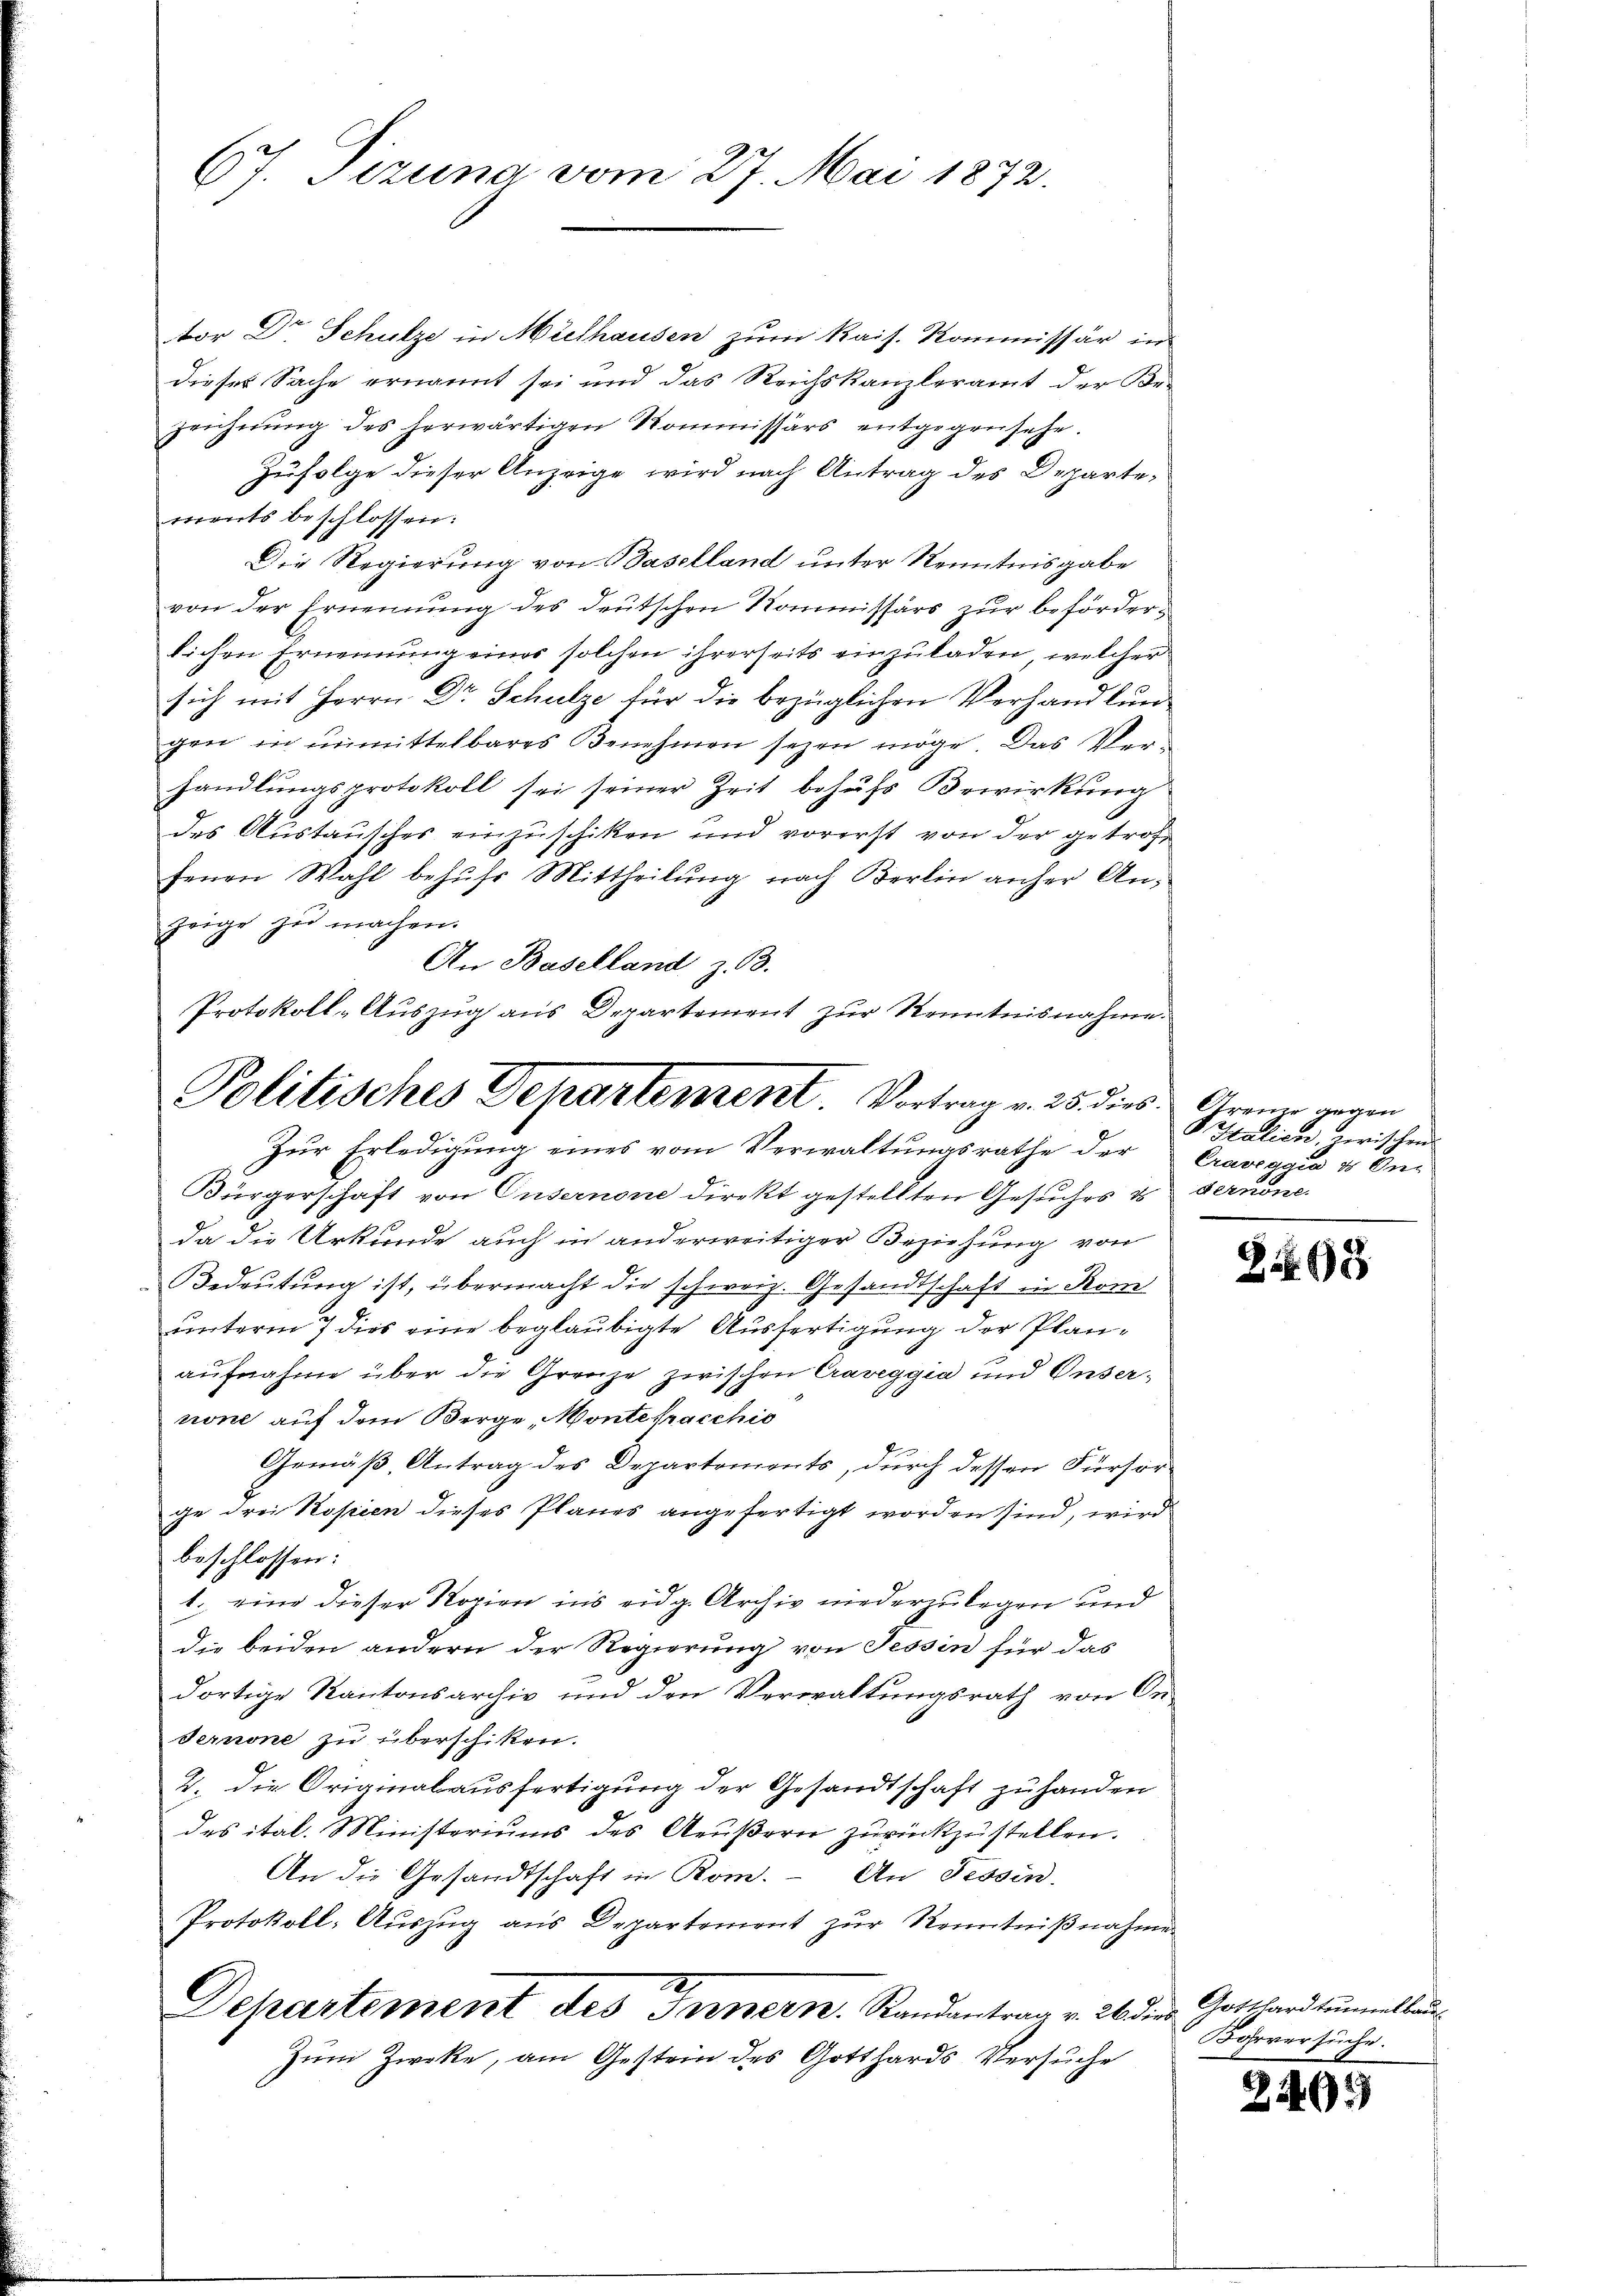
67. Tizuna vom 27. Mai 1872.

Politisches Departement. Vortrag v. 25. dies Gran gegen

tor Dr Schulze in Mielhausen zum Kais. Kommissär in
dieses Sache ernannt sei und das Reichskanzleramt der Bezeichnŭng des herwärtigen Kommissärs entgegensehe.
Zufolge dieser Anzeige wird nach Antrag des Departements beschlossen:
Die Regierung von Baselland unter Kenntnisgabe
von der Ernennung des deutschen Kommissärs zur beförderlichen Ernennung eines solchen ihrerseits einzuladen, welcher
sich mit Herrn Dr Schulze für die bezüglichen Verhandlung
gen in unmittelbares Benehmen seyen möge. Das Verhandlungsprotokoll sei seiner Zeit behufs Bewirkung
des Austausches einzuschiken und vorerst von der getrofsenen Wahl befuhr Mittheilung nach Berlin anher Anzeige zu machen.
An Baselland z. B.
Protokoll-Aŭszŭg aŭs Departement zŭr Kenntnisnahme.
Zur Erledigung eines vom Verwaltungsrathe der
Bürgerschaft von Unsernone direkt gestellten Gesuches & der nono
da die Urkunde auch in anderweitiger Beziehung von
Bedeutung ist, übermacht die schweiz. Gesandtschaft in Rom
unterm 7 dies eine beglaubigte Ausfertigung der Planaufnahme über die Grenze zwischen Craveggia und Unsernone auf dem Berge, Montefracchio
Gemäß, Antrag des Departements, durch dessen Fürsorge drei Kopien dieses Planes angefertigt worden sind, wird
beschlossen:
1. eine dieser Kopien ins eidg. Archiv niederzulegen und
die beiden andern der Regierung von Tessin für das
dortige Kantonsarchiv und den Verwaltungsrath von Or-
Ternone zu überschiken.
2. die Originalausfertigung der Gesandtschaft zu handen
des ital. Ministeriums des Aeußern zurückzustellen.
An die Gesandtschaft in Rom. An Tessin.
Protokoll-Auszug aus Departement zur Kenntnißnahme
Departement des Fernern. Randantrag v. 26 die Gotthard tunellan¬
Zum Zwecke, am Gestein des Gotthards Versuche

Italien, zwischen
Craveggia 4 On

893

Böhrversuche.

2409